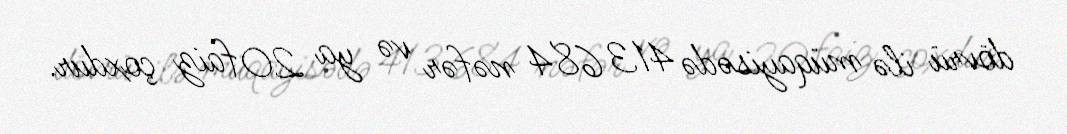
dövrü ilə müqayisədə 413 684 nəfər və ya 20 faiz çoxdur.